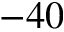
- 4 0